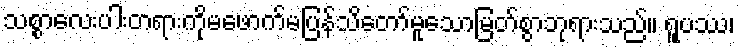
သစ္စာလေးပါးတရားကိုမဖောက်မပြန်သိတော်မူသောမြတ်စွာဘုရားသည်။ ရူပဿ၊